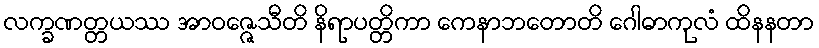
လက္ခဏတ္တယဿ အာဝဇ္ဇေသီတိ နိရာပတ္တိကာ ကေနာဘတောတိ ဂေါဓာကုလံ ထိနနတာ